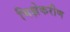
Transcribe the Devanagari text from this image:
भिक्षेकरीण